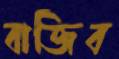
বাজিব